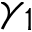
\gamma _ { 1 }